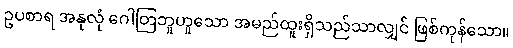
ဥပစာရ အနုလုံ ဂေါတြဘူဟူသော အမည်ထူးရှိသည်သာလျှင် ဖြစ်ကုန်သော။